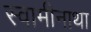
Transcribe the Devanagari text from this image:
स्वामीनाथा